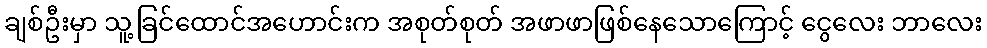
ချစ်ဦးမှာ သူ့ခြင်ထောင်အဟောင်းက အစုတ်စုတ် အဖာဖာဖြစ်နေသောကြောင့် ငွေလေး ဘာလေး